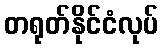
တရုတ်နိုင်ငံလုပ်